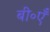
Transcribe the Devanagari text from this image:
बी॰एँ